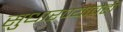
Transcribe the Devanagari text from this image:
सुधारण्याचेही